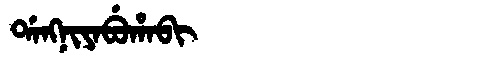
Manchu: ᡩᠠᠩᠨᡳᠶᠠᠪᡠᡥᠠᠪᡳ
Romanization: DANGNIYABUHABI